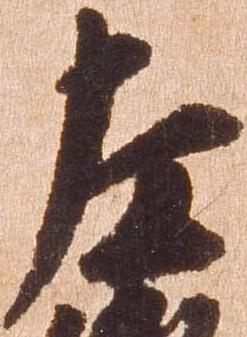
左